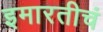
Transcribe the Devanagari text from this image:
इमारतीचं